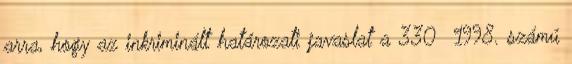
arra, hogy az inkriminált határozati javaslat a 330 1998. számú